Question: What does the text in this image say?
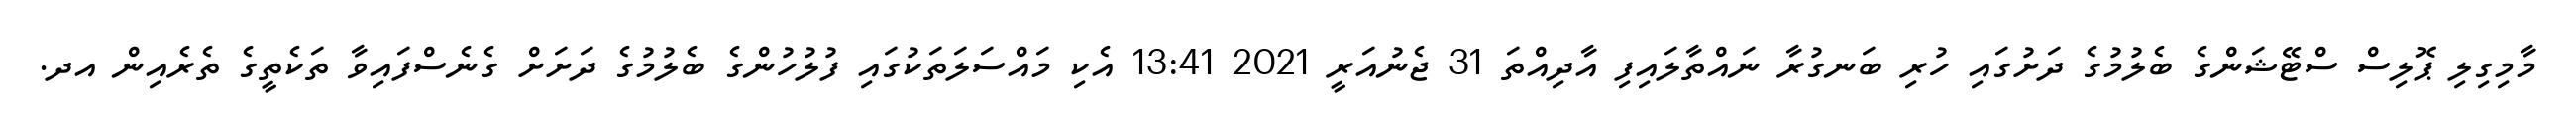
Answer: މާމިގިލި ޕޮލިސް ސްޓޭޝަންގެ ބެލުމުގެ ދަށުގައި ހުރި ބަނގުރާ ނައްތާލައިފި އާދިއްތަ 31 ޖެނުއަރީ 2021 13:41 އެކި މައްސަލަތަކުގައި ފުލުހުންގެ ބެލުމުގެ ދަށަށް ގެނެސްފައިވާ ތަކެތީގެ ތެރެއިން އދ.